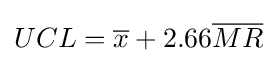
UCL={\overline {x}}+2.66{\overline {MR}}